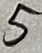
Text: 5